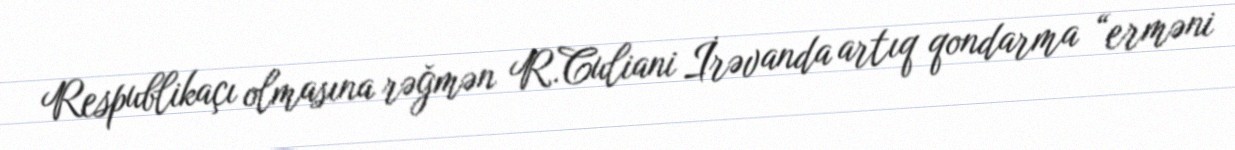
Respublikaçı olmasına rəğmən R.Culiani İrəvanda artıq qondarma “erməni